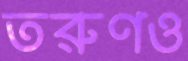
তরুণও